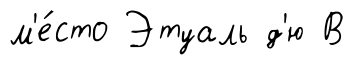
м'е́сто Этуаль д'ю В